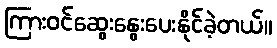
ကြားဝင်ဆွေးနွေးပေးနိုင်ခဲ့တယ်။